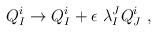
LaTeX: \begin{align*}Q^i_I \to Q^i_I + \epsilon \ \lambda_I^J Q^i_J~,\end{align*}